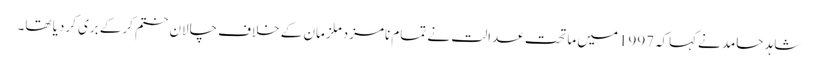
شاہد حامد نےکہاکہ1997میں ماتحت عدالت نے تمام نامزدملزمان کے خلاف چالان ختم کرکے بری کردیا تھا۔